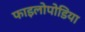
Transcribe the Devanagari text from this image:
फाइलोपोडिया